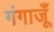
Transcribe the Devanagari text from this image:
गंगाजूँ